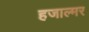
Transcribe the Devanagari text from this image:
हजाल्मर